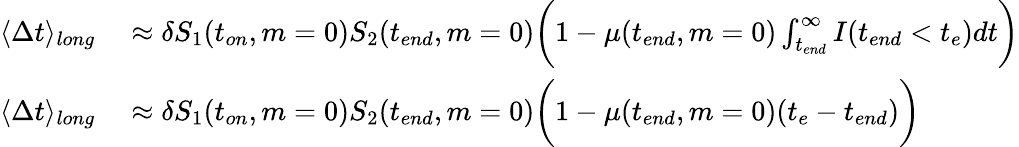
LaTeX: \begin{array}{rl}{\langle\Delta t\rangle_{long}}&{{}\approx\delta S_{1}(t_{on},m=0)S_{2}(t_{end},m=0)\bigg(1-\mu(t_{end},m=0)\int_{t_{end}}^{\infty}I(t_{end}<t_{e})dt\bigg)}\\ {\langle\Delta t\rangle_{long}}&{{}\approx\delta S_{1}(t_{on},m=0)S_{2}(t_{end},m=0)\bigg(1-\mu(t_{end},m=0)(t_{e}-t_{end})\bigg)}\end{array}